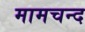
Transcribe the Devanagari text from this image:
मामचन्द